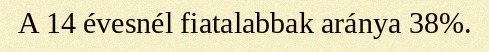
A 14 évesnél fiatalabbak aránya 38%.